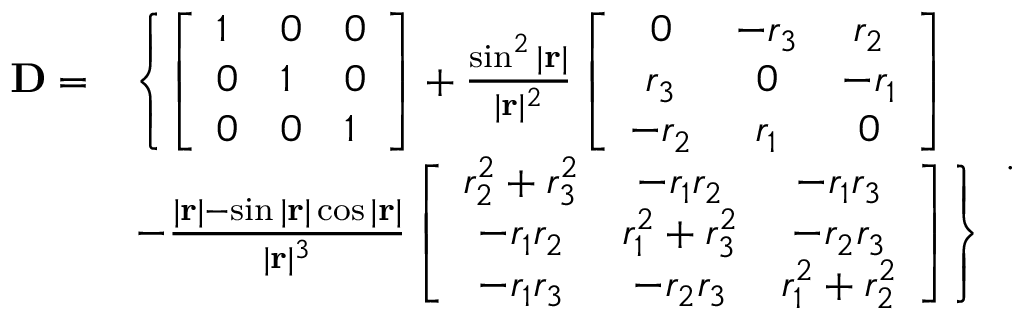
\begin{array} { r l } { \mathbf { D } = } & { \left\{ \left[ \begin{array} { l l l } { 1 } & { 0 } & { 0 } \\ { 0 } & { 1 } & { 0 } \\ { 0 } & { 0 } & { 1 } \end{array} \right] + \frac { \sin ^ { 2 } | \mathbf { r } | } { | \mathbf { r } | ^ { 2 } } \left[ \begin{array} { c c c } { 0 } & { - r _ { 3 } } & { r _ { 2 } } \\ { r _ { 3 } } & { 0 } & { - r _ { 1 } } \\ { - r _ { 2 } } & { r _ { 1 } } & { 0 } \end{array} \right] \right. } \\ & { \left. - \frac { | \mathbf { r } | - \sin | \mathbf { r } | \cos | \mathbf { r } | } { | \mathbf { r } | ^ { 3 } } \left[ \begin{array} { c c c } { r _ { 2 } ^ { 2 } + r _ { 3 } ^ { 2 } } & { - r _ { 1 } r _ { 2 } } & { - r _ { 1 } r _ { 3 } } \\ { - r _ { 1 } r _ { 2 } } & { r _ { 1 } ^ { 2 } + r _ { 3 } ^ { 2 } } & { - r _ { 2 } r _ { 3 } } \\ { - r _ { 1 } r _ { 3 } } & { - r _ { 2 } r _ { 3 } } & { r _ { 1 } ^ { 2 } + r _ { 2 } ^ { 2 } } \end{array} \right] \right\} } \end{array} .